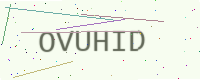
Text: OVUHID